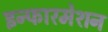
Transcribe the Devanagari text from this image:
इन्फारमेशन